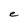
Character: e